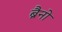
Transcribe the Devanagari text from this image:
ब्रैनों